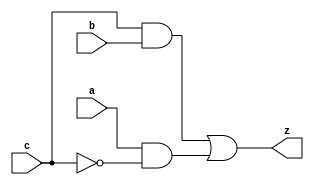
module yMux1(z,a,b,c);
output z;                   //1 bit wire
input a, b, c;              //1 bit wires
wire notC, upper, lower; 
not (notC, c);              //notC=~c
and upperAnd(lower,a,notC);    //lower= a & ~c
and lowerAnd(upper, c,b) ;       //upper=c & b
or (z, upper, lower);            //z= upper | lower

endmodule